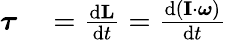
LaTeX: \begin{array}{rl}{{\boldsymbol{\tau}}}&{{}={\frac{\mathrm{{d}}\mathbf{L}}{\mathrm{{d}}t}}={\frac{\mathrm{{d}}(\mathbf{I}\cdot{\boldsymbol{\omega}})}{\mathrm{{d}}t}}}\end{array}